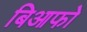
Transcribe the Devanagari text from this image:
बिआफो